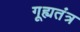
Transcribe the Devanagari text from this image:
गूह्यतंत्र